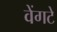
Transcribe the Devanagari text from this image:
वेंगटे